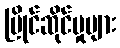
ပြိုင်ဆိုင်မှုများ